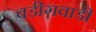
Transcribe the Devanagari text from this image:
बडीगवाडी